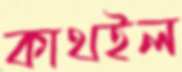
কাথইল